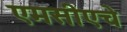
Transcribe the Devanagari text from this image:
एमसीएचे